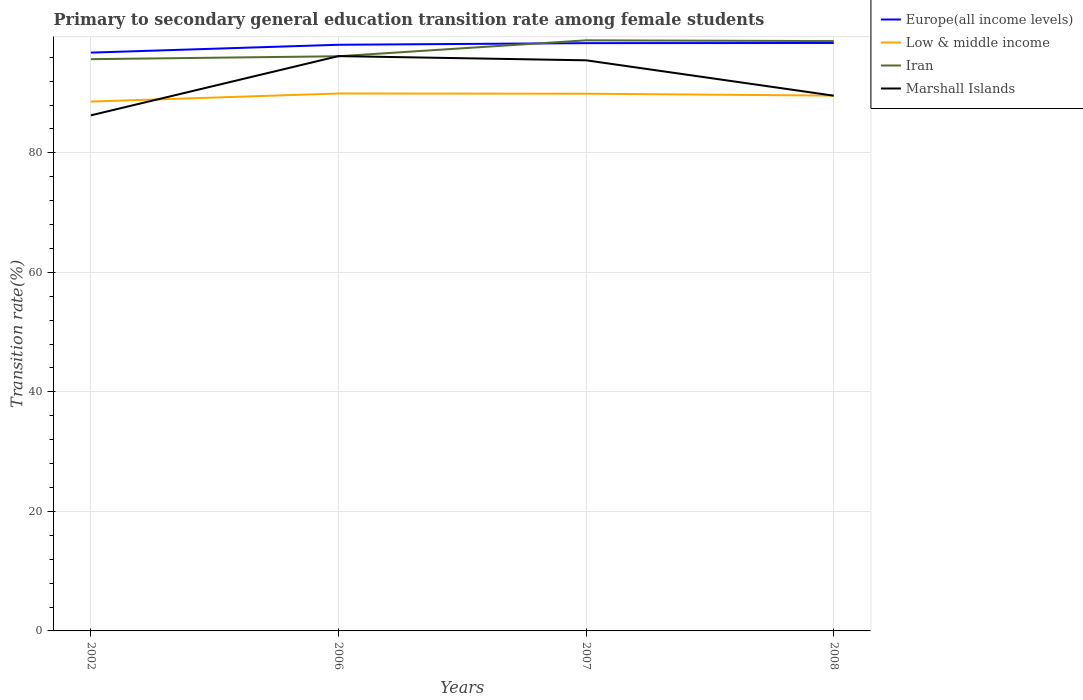
| Years | Europe(all income levels) | Low & middle income | Iran | Marshall Islands |
 | --- | --- | --- | --- | --- |
 | 2002 | 96.8 | 88.6 | 95.7 | 86.3 |
 | 2006 | 98.1 | 89.9 | 96.2 | 96.2 |
 | 2007 | 98.4 | 89.9 | 98.8 | 95.5 |
 | 2008 | 98.4 | 89.6 | 98.7 | 89.6 |